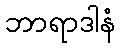
ဘာရာဒါနံ